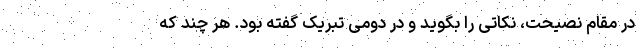
در مقام نصیحت، نکاتی را بگوید و در دومی تبریک گفته بود. هر چند که